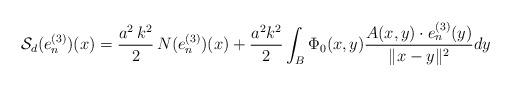
LaTeX: \begin{align*}\mathcal{S}_{d}(e^{(3)}_{n})(x) = \frac{a^{2} \, k^{2}}{2} \, N(e^{(3)}_{n})(x) + \frac{a^{2} k^{2}}{2} \int_{B} \Phi_{0}(x,y) \frac{A(x,y)\cdot e^{(3)}_{n}(y)}{\Vert x -y \Vert^{2}} dy \end{align*}